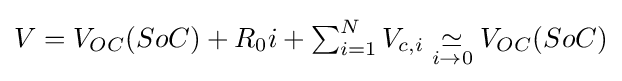
{\textstyle V=V_{OC}(SoC)+R_{0}i+\sum _{i=1}^{N}V_{c,i}\;{\underset {i\rightarrow 0}{\simeq }}\;V_{OC}(SoC)}